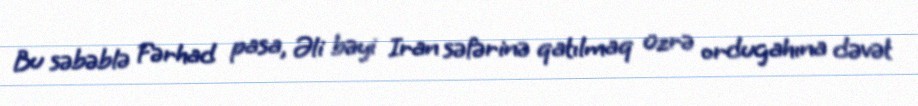
Bu səbəblə Fərhad pasa, Əli bəyi Iran səfərinə qatılmaq üzrə ordugahına dəvət